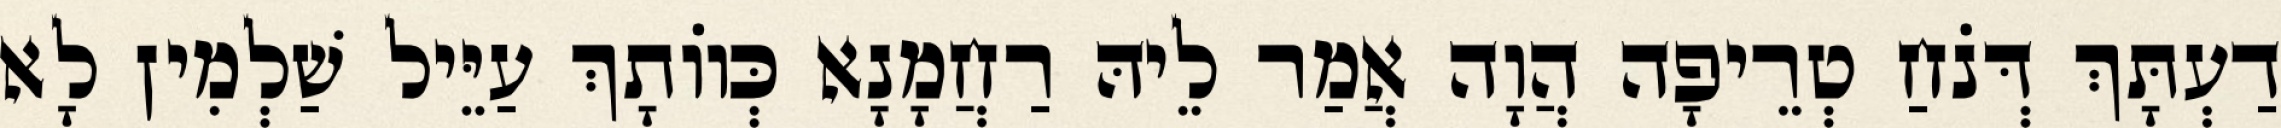
דַעְתָּךְ דְּנֹחַ טְרֵיפָה הֲוָה אֲמַר לֵיהּ רַחֲמָנָא כְּווֹתָךְ עַיֵּיל שַׁלְמִין לָא